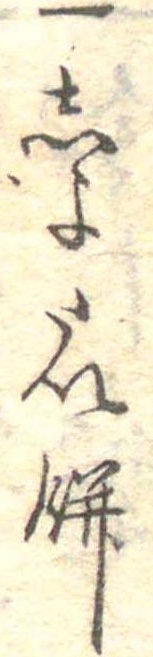
一しよたい餅